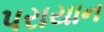
પરાયાન